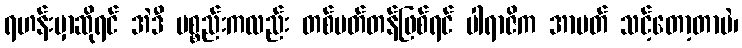
ရဟန်းမှာဆိုရင် အဲဒီ ပစ္စည်းကလည်း တစ်မတ်တန်ဖြစ်ရင် ပါရာဇိက အာပတ် သင့်တော့တာပဲ၊